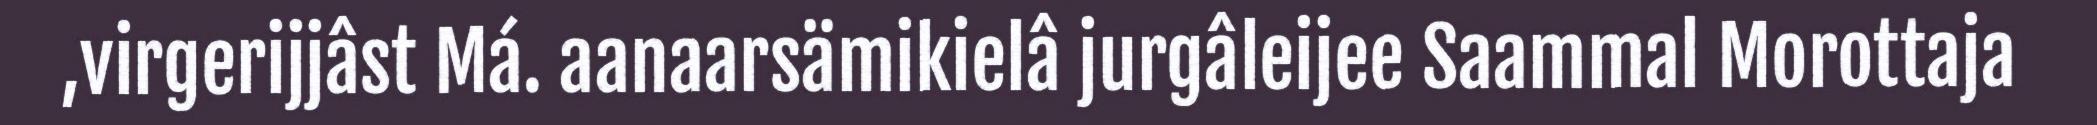
,virgerijjâst Má. aanaarsämikielâ jurgâleijee Saammal Morottaja